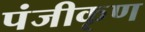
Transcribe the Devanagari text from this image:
पंजीकृण